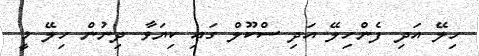
ހިލޭ އަދި ފެންހިލޭ އަދި ސްކޫލް ގައި ކިޔަވާ ދިނުން ހިލޭ މީ